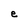
Character: e